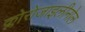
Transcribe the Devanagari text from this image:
क्लोरोजाइलीनोल